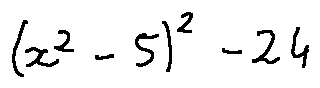
( x ^ { 2 } - 5 ) ^ { 2 } - 2 4